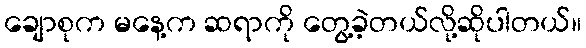
ချောစုက မနေ့က ဆရာကို တွေ့ခဲ့တယ်လို့ဆိုပါတယ်။